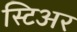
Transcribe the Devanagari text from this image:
स्टिअर